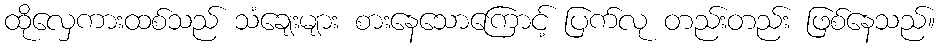
ထိုလှေကားထစ်သည် သံချေးများ စားနေသောကြောင့် ပြက်လု တည်းတည်း ဖြစ်နေသည်။